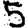
Digit: 5